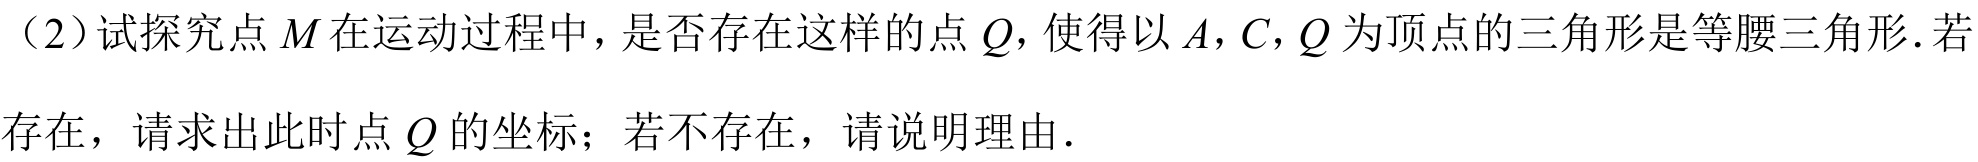
（2）试探究点\(M\)在运动过程中，是否存在这样的点\(Q\)，使得以\(A,C,Q\)为顶点的三角形是等腰三角形．若存在，请求出此时点\(Q\)的坐标；若不存在，请说明理由．